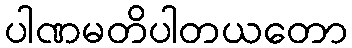
ပါဏမတိပါတယတော